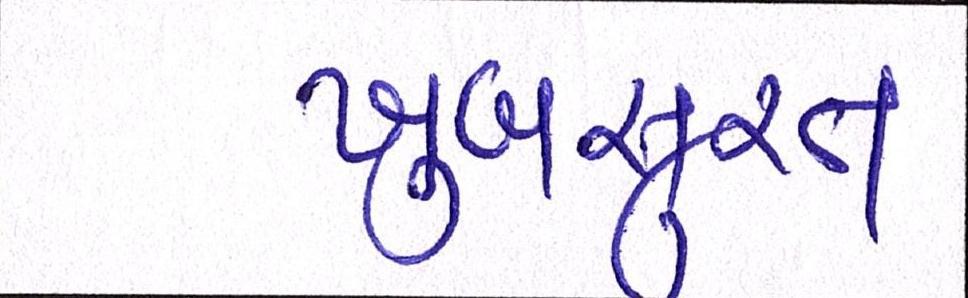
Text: ખુબસુરત